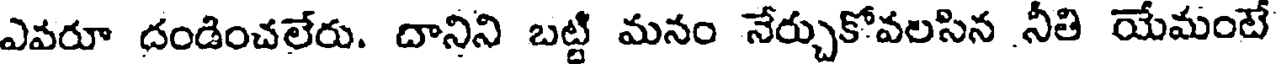
ఎవరూ దండించలేరు. దానిని బట్టి మనం నేర్చుకోవలసిన నీతి యేమంటే